Civil Veterinary Dept. Bombay admin report 1914-1922 - 1914-1922
Year: 1914
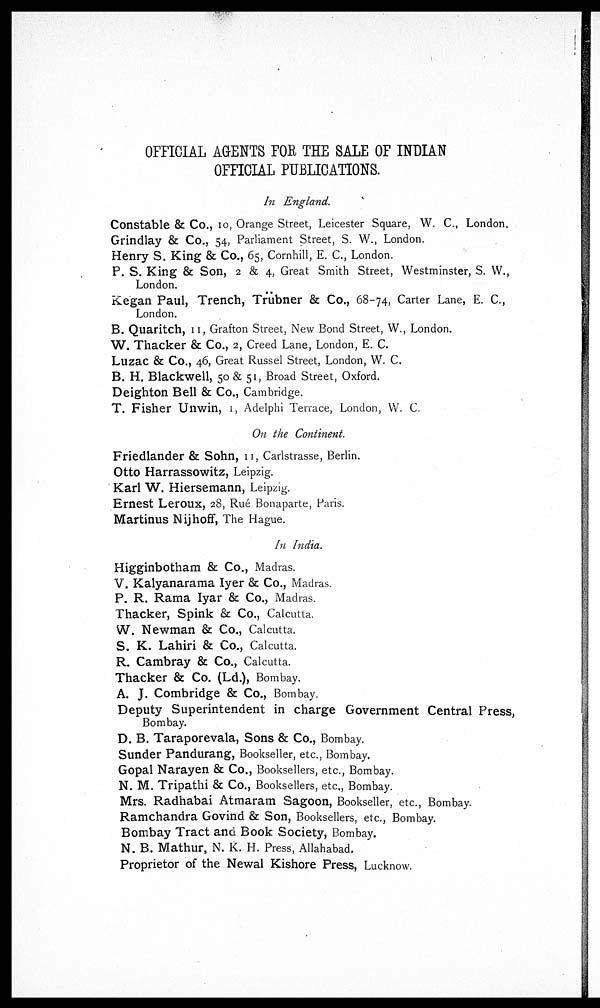
OFFICIAL AGENTS FOR THE SALE OF INDIAN
OFFICIAL PUBLICATIONS.
In England.
Constable & Co., 10, Orange Street, Leicester Square, W. C, London.
Grindlay & Co., 54, Parliament Street, S. W., London.
Henry S, King & Co., 65, Cornhill, E. C., London.
P. S. King & Son, 2 & 4, Great Smith Street, Westminster, S. W.,
London.
Kegan Paul, Trench, Trübner & Co., 68-74, Carter Lane, E. C.,
London.
B. Quaritch, 11, Grafton Street, New Bond Street, W., London.
W. Thacker & Co., 2, Creed Lane, London, E. C.
Luzac & Co., 46, Great Russel Street, London, W. C.
B. H. Blackwell, 50 & 51, Broad Street, Oxford.
Deighton Bell & Co., Cambridge.
T. Fisher Unwin, 1, Adelphi Terrace, London, W. C.
On the Continent.
Friedlander & Sohn, 11, Carlstrasse, Berlin.
Otto Harrassowitz, Leipzig.
Karl W. Hiersemann, Leipzig.
Ernest Leroux, 28, Rué Bonaparte, Paris.
Martinus Nijhoff, The Hague.
In India.
Higginbotham & Co., Madras.
V. Kalyanarama Iyer & Co., Madras.
P. R. Rama Iyar & Co., Madras.
Thacker, Spink & Co., Calcutta.
W. Newman & Co., Calcutta.
S. K. Lahiri & Co., Calcutta.
R. Cambray & Co., Calcutta.
Thacker & Co. (Ld.), Bombay.
A. J. Combridge & Co., Bombay.
Deputy Superintendent in charge Government Central Press,
Bombay.
D. B. Taraporevala, Sons & Co., Bombay.
Sunder Pandurang, Bookseller, etc., Bombay.
Gopal Narayen & Co., Booksellers, etc., Bombay.
N. M. Tripathi & Co., Booksellers, etc., Bombay.
Mrs. Radhabai Atmaram Sagoon, Bookseller, etc., Bombay.
Ramchandra Govind & Son, Booksellers, etc., Bombay.
Bombay Tract and Book Society, Bombay.
N. B. Mathur, N. K. H. Press, Allahabad.
Proprietor of the Newal Kishore Press, Lucknow.